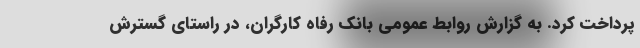
پرداخت کرد. به گزارش روابط عمومی بانک رفاه کارگران، در راستای گسترش